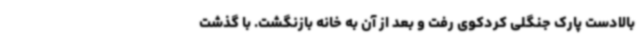
بالادست پارک جنگلی کردکوی رفت و بعد از آن به خانه بازنگشت. با گذشت